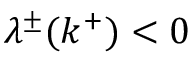
\lambda ^ { \pm } ( k ^ { + } ) < 0